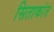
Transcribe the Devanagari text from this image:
सिताकांत